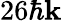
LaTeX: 26\hbar\mathbf{k}